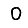
Digit: 0